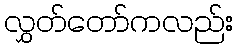
လွှတ်တော်ကလည်း